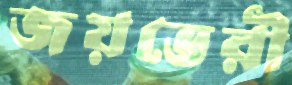
জয়ভেরী